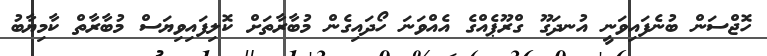
ހޮޖްސަން ބުނެފައިވަނީ އުނދަގޫ ގްރޫޕެއްގެ އެއްވަނަ ހޯދައިގެން މުބާރާތަށް ކޮލިފައިވިޔަސް މުބާރާތް ކާމިޔާބު